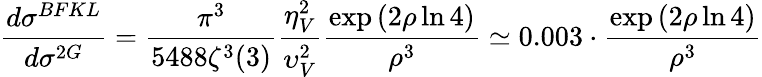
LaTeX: {\frac{d\sigma^{BFKL}}{d\sigma^{2G}}}={\frac{\pi^{3}}{5488\zeta^{3}(3)}}{\frac{\eta_{V}^{2}}{\upsilon_{V}^{2}}}{\frac{\exp{(2\rho\ln{4})}}{\rho^{3}}}\simeq 0.003\cdot{\frac{\exp{(2\rho\ln{4})}}{\rho^{3}}}